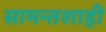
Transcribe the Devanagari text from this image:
सामन्तशाही